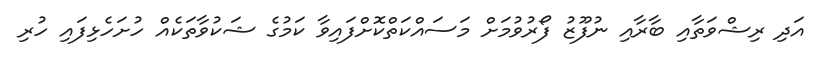
އަދި ރިޝްވަތާއި ބާރާއި ނުފޫޒު ފޯރުވުމަށް މަސައްކަތްކޮށްފައިވާ ކަމުގެ ޝަކުވާތަކެއް ހުށަހެޅިފައި ހުރި